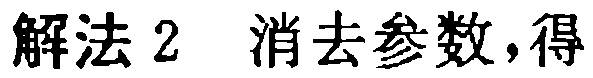
解法 2 消去参数,得